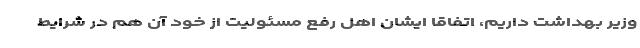
وزیر بهداشت داریم، اتفاقا ایشان اهل رفع مسئولیت از خود آن هم در شرایط